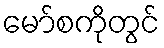
မော်စကိုတွင်